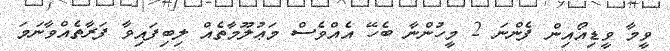
ވީމާ ވީޑިއޯއިން ފެންނަ 2 މީހުންނާ ބެހޭ އެއްވެސް މަޢުލޫމާތެއް ލިބިފައިވާ ފަރާތެއްވާނަމަ